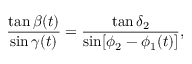
\frac { \tan \beta ( t ) } { \sin \gamma ( t ) } = \frac { \tan \delta _ { 2 } } { \sin [ \phi _ { 2 } - \phi _ { 1 } ( t ) ] } ,